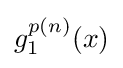
g_{1}^{p(n)}(x)